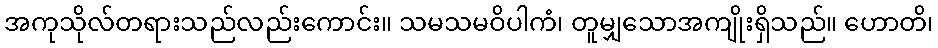
အကုသိုလ်တရားသည်လည်းကောင်း။ သမသမဝိပါကံ၊ တူမျှသောအကျိုးရှိသည်။ ဟောတိ၊